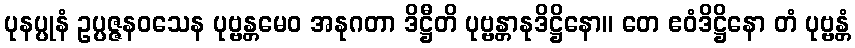
ပုနပ္ပုနံ ဥပ္ပဇ္ဇနဝသေန ပုဗ္ဗန္တမေဝ အနုဂတာ ဒိဋ္ဌီတိ ပုဗ္ဗန္တာနုဒိဋ္ဌိနော။ တေ ဧဝံဒိဋ္ဌိနော တံ ပုဗ္ဗန္တံ